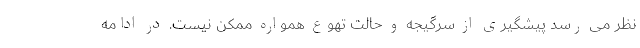
نظر می رسد پیشگیری از سرگیجه و حالت تهوع همواره ممکن نیست. در ادامه